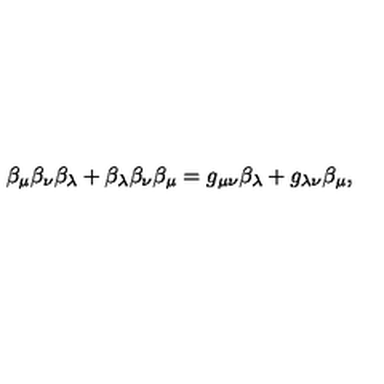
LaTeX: \beta _ { \mu } \beta _ { \nu } \beta _ { \lambda } + \beta _ { \lambda } \beta _ { \nu } \beta _ { \mu } = g _ { \mu \nu } \beta _ { \lambda } + g _ { \lambda \nu } \beta _ { \mu } ,